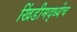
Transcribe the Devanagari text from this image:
खिंडीमद्ध्येच